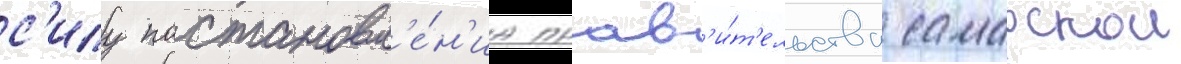
с'илу постановл'е́н'иа прав'и́т'ельства самарскои